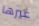
غيرها